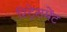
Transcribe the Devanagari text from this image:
रिट्रेसमेंट